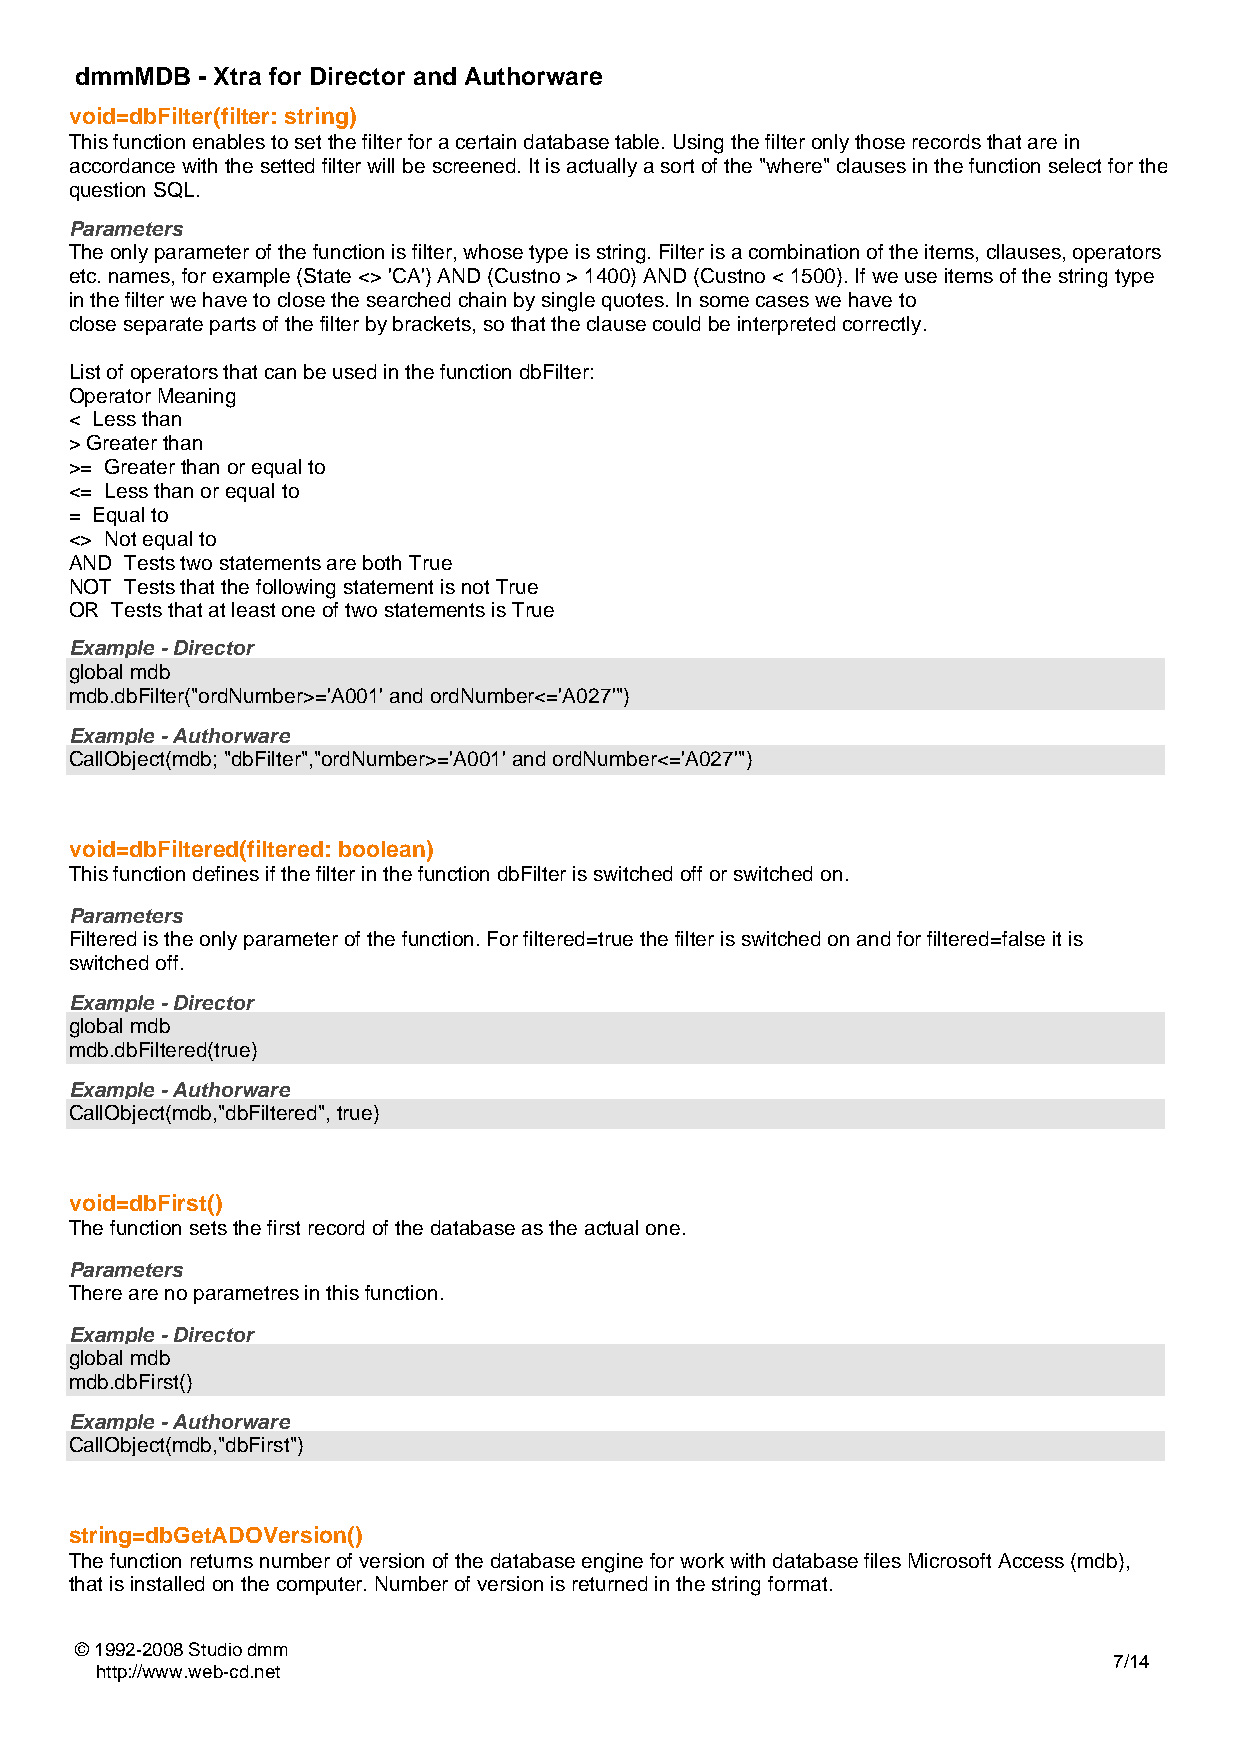
dmmMDB  - Xtra for Director and Authorware
 void=dbFilter(filter: string)
 This function enables to set the filter for a certain database table. Using the filter only those records that are in
 accordance with the setted filter will be screened. It is actually a sort of the "where" clauses in the function select for the
 question SQL.
 Parameters
 The only parameter of the function is filter, whose type is string. Filter is a combination of the items, cllauses, operators
 etc. names, for example (State <> 'CA') AND (Custno > 1400) AND (Custno < 1500). If we use items of the string type
 in the filter we have to close the searched chain by single quotes. In some cases we have to
 close separate parts of the filter by brackets, so that the clause could be interpreted correctly.
 List of operators that can be used in the function dbFilter:
 Operator Meaning
 < Less than
 > Greater than
 >= Greater than or equal to
 <= Less than or equal to
 = Equal to
 <> Not equal to
 AND Tests two statements are both True
 NOT Tests that the following statement is not True
 OR Tests that at least one of two statements is True
 Example - Director
 global mdb
 mdb.dbFilter("ordNumber>='A001' and ordNumber<='A027'")
 Example - Authorware
 CallObject(mdb; "dbFilter","ordNumber>='A001' and ordNumber<='A027'")
 void=dbFiltered(filtered: boolean)
 This function defines if the filter in the function dbFilter is switched off or switched on.
 Parameters
 Filtered is the only parameter of the function. For filtered=true the filter is switched on and for filtered=false it is
 switched off.
 Example - Director
 global mdb
 mdb.dbFiltered(true)
 Example - Authorware
 CallObject(mdb,"dbFiltered", true)
 void=dbFirst()
 The function sets the first record of the database as the actual one.
 Parameters
 There are no parametres in this function.
 Example - Director
 global mdb
 mdb.dbFirst()
 Example - Authorware
 CallObject(mdb,"dbFirst")
 string=dbGetADOVersion()
 The function returns number of version of the database engine for work with database files Microsoft Access (mdb),
 that is installed on the computer. Number of version is returned in the string format.
 © 1992-2008 Studio dmm
 7/14
 http://www.web-cd.net